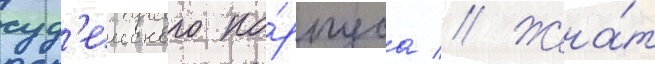
суд'еиского ко́рпуса // Жена́т